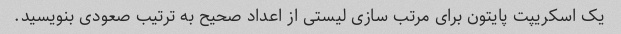
یک اسکریپت پایتون برای مرتب سازی لیستی از اعداد صحیح به ترتیب صعودی بنویسید.